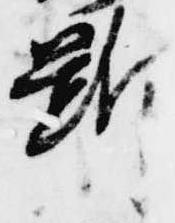
断